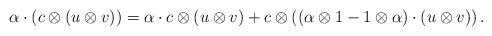
LaTeX: \begin{align*} \alpha \cdot (c \otimes (u \otimes v)) = \alpha \cdot c \otimes (u \otimes v) + c \otimes ((\alpha \otimes 1 - 1 \otimes \alpha) \cdot (u \otimes v))\,. \end{align*}